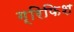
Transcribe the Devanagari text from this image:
ग्रिफिश